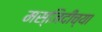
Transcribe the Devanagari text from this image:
मस्जिदीच्या